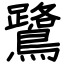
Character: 鷺